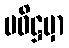
ပဝိဋ္ဌမှာ